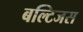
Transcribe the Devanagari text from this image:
बल्टिजस